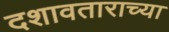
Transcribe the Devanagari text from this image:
दशावताराच्या